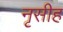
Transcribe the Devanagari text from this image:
नृसीह